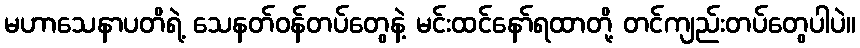
မဟာသေနာပတိရဲ့ သေနတ်ဝန်တပ်တွေနဲ့ မင်းထင်နော်ရထာတို့ တင်ကျည်းတပ်တွေပါပဲ။